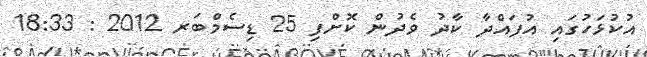
އުކުޅަހުގައި އުފައްދާ ކާދު ވެދުން ކޮށްފި 25 ޑިސެމްބަރ 2012 : 18:33